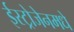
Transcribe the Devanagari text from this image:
ईस्ट्रोजेनमधे